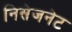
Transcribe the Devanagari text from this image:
निसेजनेट